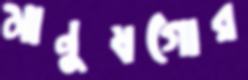
মানুষগোর